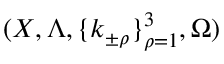
( X , \Lambda , \{ k _ { \pm \rho } \} _ { \rho = 1 } ^ { 3 } , \Omega )